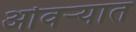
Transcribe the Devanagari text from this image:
ओवर्‍यात